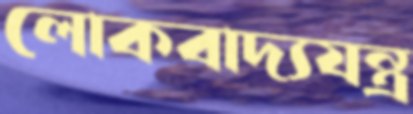
লোকবাদ্যযন্ত্র